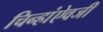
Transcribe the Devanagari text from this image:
चिन्हांऐवजी